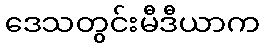
ဒေသတွင်းမီဒီယာက